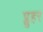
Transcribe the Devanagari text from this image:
प्लुहर